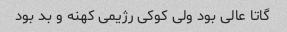
گاتا عالی بود ولی کوکی رژیمی کهنه و بد بود